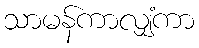
သာမန်ကာလျှံကာ